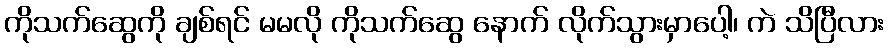
ကိုသက်ဆွေကို ချစ်ရင် မမလို ကိုသက်ဆွေ နောက် လိုက်သွားမှာပေါ့၊ ကဲ သိပြီလား